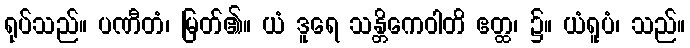
ရုပ်သည်။ ပဏီတံ၊ မြတ်၏။ ယံ ဒူရေ သန္တိကေဝါတိ ဧတ္ထ၊ ၌။ ယံရူပံ၊ သည်။